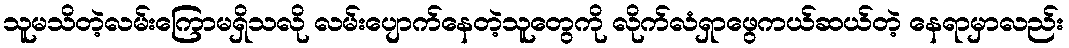
သူမသိတဲ့လမ်းကြောမရှိသလို လမ်းပျောက်နေတဲ့သူတွေကို လိုက်လံရှာဖွေကယ်ဆယ်တဲ့ နေရာမှာလည်း